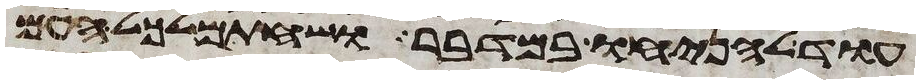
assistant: עוד להניחו במדבר ושחתם לכל העם